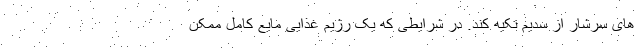
های سرشار از سدیم تکیه کند. در شرایطی که یک رژیم غذایی مایع کامل ممکن